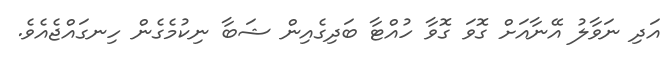
އަދި ނަވާލު އޭނާއަށް ގޮވަ ގޮވާ ހުއްޓާ ބަދިގެއިން ޝަބާ ނިކުމެގެން ހިނގައްޖެއެވެ.